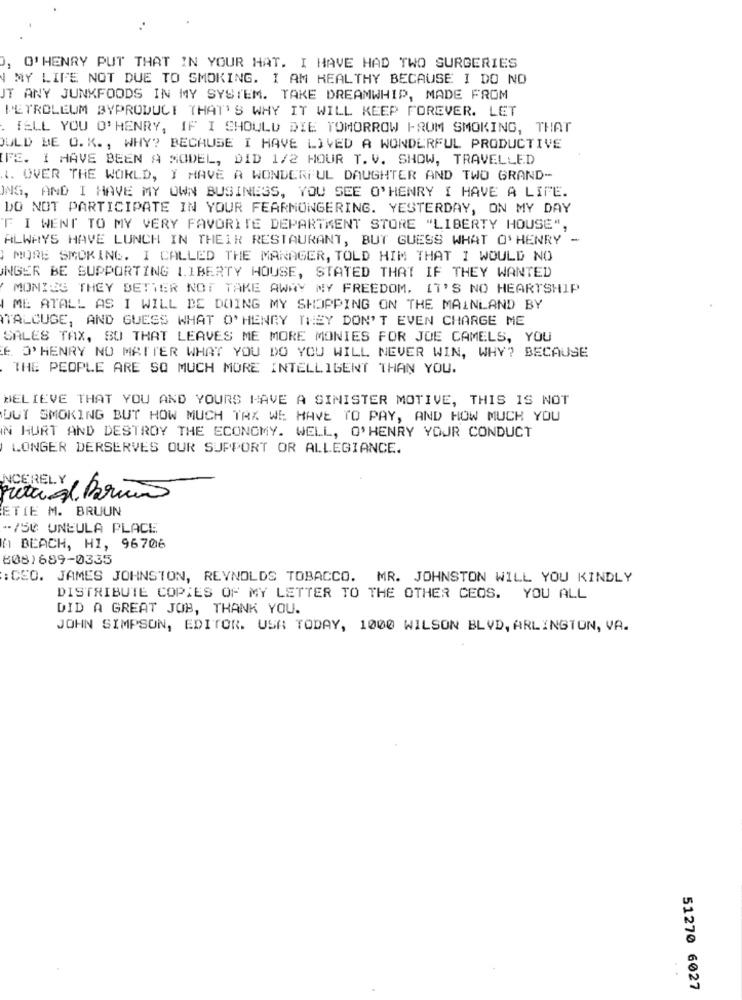
, O'HENRY PUT THAT IN YOUR HAT. I HAVE HAD TWO SURGERIES
MY LIFE NOT DUE TO SMOKING. I AM HEALTHY BECAUSE I DO NO
JT ANY JUNKFOODS IN MY SYSTEM. TAKE DREAMWHIP, MADE FROM
PETROLEUM BYPRODUCT THAT'S WHY IT WILL KEEP FOREVER. LET
TELL YOU O'HENRY, IF I SHOULD DIE TOMORROW FROM SMOKING, THAT
JULD BE O. K ., WHY? BECAUSE I HAVE LIVED A WONDERFUL PRODUCTIVE
IFE. I HAVE BEEN A MODEL, DID 1/2 HOUR T. V. SHOW, TRAVELLED
1. OVER THE WORLD, I HAVE A WONDERFUL DAUGHTER AND TWO GRAND-
ING, AND I HAVE MY OWN BUSINESS, YOU SEE O'HENRY I HAVE A LIFE.
DO NOT PARTICIPATE IN YOUR FEARMONGERING. YESTERDAY, ON MY DAY
F I WENT TO MY VERY FAVORITE DEPARTMENT STORE "LIBERTY HOUSE",
ALWAYS HAVE LUNCH IN THEIR RESTAURANT, BUT GUESS WHAT O'HENRY -
MORE SMOKING. I CALLED THE MANAGER, TOLD HIM THAT I WOULD NO
INGER BE SUPPORTING LIBERTY HOUSE, STATED THAT IF THEY WANTED
MONIES THEY BETTER NOT TAKE AWAY MY FREEDOM. IT'S NO HEARTSHIP
ME ATALL AS I WILL BE DOING MY SHOPPING ON THE MAINLAND BY
TALCUGE, AND GUESS WHAT O'HENRY THEY DON'T EVEN CHARGE ME
SALES TAX, SO THAT LEAVES ME MORE MONIES FOR JOE CAMELS, YOU
E O'HENRY NO MATTER WHAT YOU DO YOU WILL NEVER WIN, WHY? BECAUSE
THE PEOPLE ARE SO MUCH MORE INTELLIGENT THAN YOU.
BELIEVE THAT YOU AND YOURS HAVE A SINISTER MOTIVE, THIS IS NOT
DUT SMOKING BUT HOW MUCH TAX WE HAVE TO PAY, AND HOW MUCH YOU
N HURT AND DESTROY THE ECONOMY. WELL, O'HENRY YOUR CONDUCT
LONGER DERSERVES OUR SUPPORT OR ALLEGIANCE.
NCERELY
ETIE M. BRUUN
-. 750 UNEULA PLACE
A BEACH, HI, 96706
808)689-0335
:CEO. JAMES JOHNSTON, REYNOLDS TOBACCO. MR. JOHNSTON WILL YOU KINDLY
DISTRIBUTE COPIES OF MY LETTER TO THE OTHER CEOS. YOU ALL
DID A GREAT JOB, THANK YOU.
JOHN SIMPSON, EDITOR. USA TODAY, 1000 WILSON BLVD, ARLINGTON, VA.
51270 6027